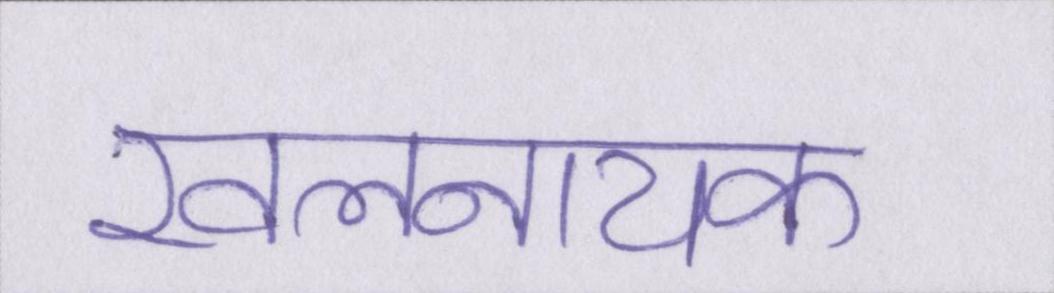
खलनायक